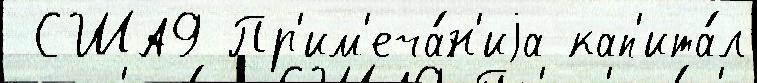
 США9 Пр'им'еча́н'иjа кап'ита́л